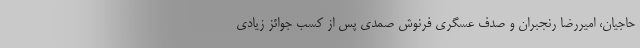
حاجیان، امیررضا رنجبران و صدف عسگری فرنوش صمدی پس از کسب جوائز زیادی